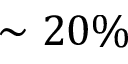
\sim 2 0 \%